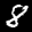
Label: 8